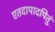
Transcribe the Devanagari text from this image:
एतदापादपितुं